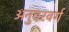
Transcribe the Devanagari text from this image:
अनुचरवर्ग